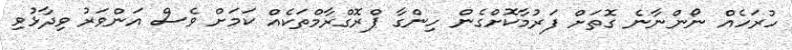
ހުރަހެއް ނޯންނާނެ ގޮތަށް ފަރުމާކޮށްގެން ހިންގާ ޕްރޮގްރާމްތަކެއް ކަމަށް ވެސް އަންވަރު ވިދާޅުވި